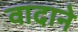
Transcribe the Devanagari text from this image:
वादाने